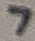
Text: 7